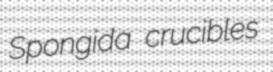
Spongida crucibles